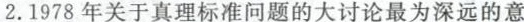
2.1978年关于真理标准问题的大讨论最为深远的意